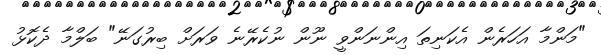
"މަންމާ އަހަރެން އެކަނިތަ އިންނަންވީ ނޫން ނުކެރޭނެ ވަރަށް ބިރުގަނޭ" ބަލްމާ ދެކޮޅު